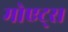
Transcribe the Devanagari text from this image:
मोएट्स